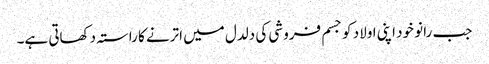
جب رانو خود اپنی اولاد کو جسم فروشی کی دلدل میں اترنے کا راستہ دکھاتی ہے۔